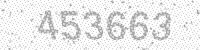
Solution: 453663